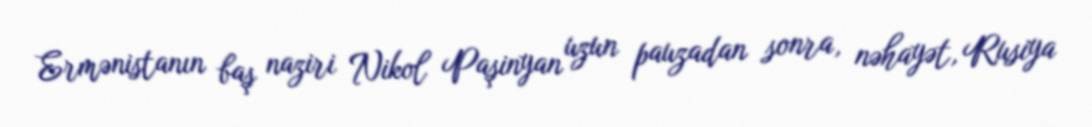
Ermənistanın baş naziri Nikol Paşinyan uzun pauzadan sonra, nəhayət, Rusiya